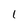
Character: l